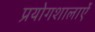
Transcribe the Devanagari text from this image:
प्रयोगशालाऐं